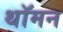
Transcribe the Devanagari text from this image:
थॉमन